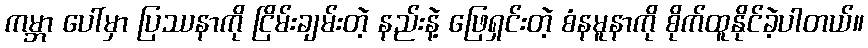
ကမ္ဘာ ပေါ်မှာ ပြဿနာကို ငြိမ်းချမ်းတဲ့ နည်းနဲ့ ဖြေရှင်းတဲ့ စံနမူနာကို စိုက်ထူနိုင်ခဲ့ပါတယ်။